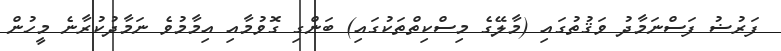
ފަރުޟު ފަސްނަމާދު ވަޤުތުގައި (މާލޭގެ މިސްކިތްތަކުގައި) ބަންގި ގޮވުމާއި އިމާމުވެ ނަމާދުކުރާނެ މީހުން